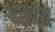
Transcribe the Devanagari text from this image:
ध्वजास